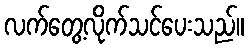
လက်တွေ့လိုက်သင်ပေးသည်။